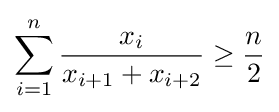
\sum _{i=1}^{n}{\frac {x_{i}}{x_{i+1}+x_{i+2}}}\geq {\frac {n}{2}}